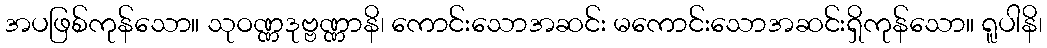
အပဖြစ်ကုန်သော။ သုဝဏ္ဏဒုဗ္ဗဏ္ဏာနိ၊ ကောင်းသောအဆင်း မကောင်းသောအဆင်းရှိကုန်သော။ ရူပါနိ၊